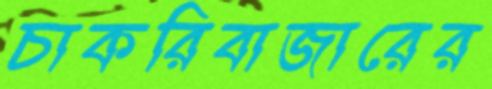
চাকরিবাজারের